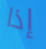
إذا